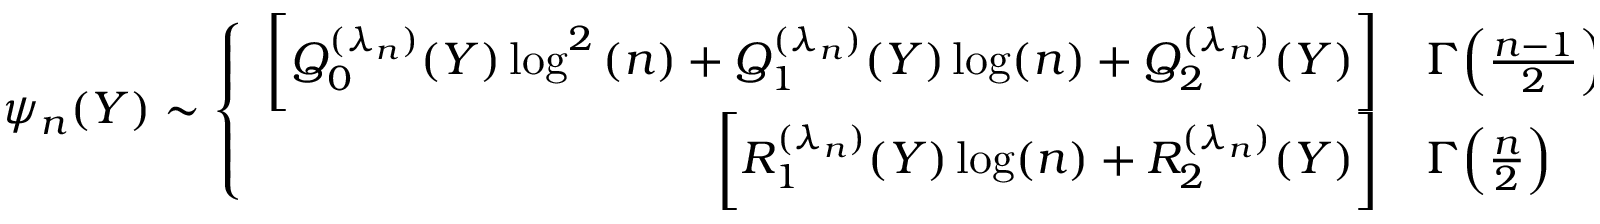
\psi _ { n } ( Y ) \sim \left\{ \begin{array} { r l } { \bigg [ Q _ { 0 } ^ { ( \lambda _ { n } ) } ( Y ) \log ^ { 2 } { ( n ) } + Q _ { 1 } ^ { ( \lambda _ { n } ) } ( Y ) \log ( n ) + Q _ { 2 } ^ { ( \lambda _ { n } ) } ( Y ) \bigg ] } & { { } \Gamma \Big ( \frac { n - 1 } { 2 } \Big ) \quad \mathrm { ~ f ~ o ~ r ~ n ~ e ~ v ~ e ~ n ~ , ~ } } \\ { \bigg [ R _ { 1 } ^ { ( \lambda _ { n } ) } ( Y ) \log ( n ) + R _ { 2 } ^ { ( \lambda _ { n } ) } ( Y ) \bigg ] } & { { } \Gamma \Big ( \frac { n } { 2 } \Big ) \quad \qquad \mathrm { ~ f ~ o ~ r ~ n ~ o ~ d ~ d ~ . ~ } } \end{array} \right.